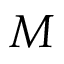
M